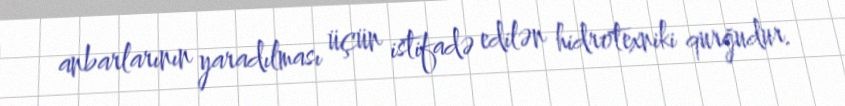
anbarlarının yaradılması üçün istifadə edilən hidrotexniki qurğudur.